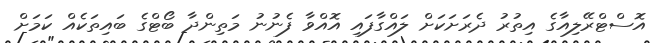
އޮސްޓްރޭލިއާގެ އިތުރު ދެރަށަކަށް ލައްގާފައި އޮއްވާ ފެނުނު މަތިންދާ ބޯޓްގެ ބައިތަކެއް ކަމަށް